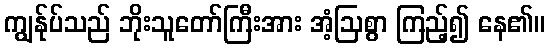
ကျွန်ုပ်သည် ဘိုးသူတော်ကြီးအား အံ့ဩစွာ ကြည့်၍ နေ၏။